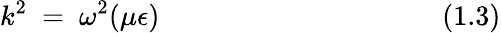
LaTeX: k^{2}~=~\omega^{2}(\mu\epsilon)~~~~~~~~~~~~~~~~~~~~~~~~~~~~~~~~~~~~~~~~(1.3)